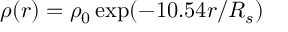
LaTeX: \rho ( r ) = \rho _ { 0 } \exp ( - 1 0 . 5 4 r / R _ { s } )